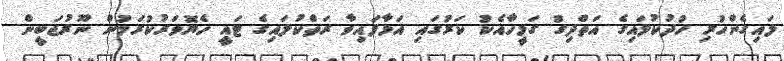
ލައިގެންހުރި ހުދުކުލައިގެ އަތްދިގު ގަމީހާއެކު ކަރުގައި އަޅާފައިވާ ރަތްކުލައިގެ ޓައީ ހެޔޮވަރުކުރަމުން ނޫރުޖަބީން